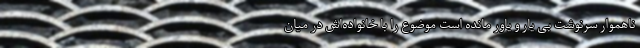
ناهموار سرنوشت بی یار و یاور مانده است موضوع را با خانواده‌اش در میان